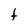
Character: t